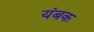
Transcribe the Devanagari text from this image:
यंबक